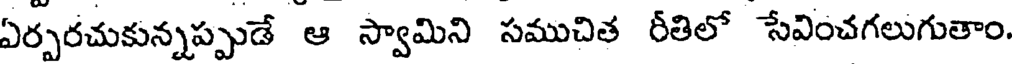
ఏర్పరచుకున్నప్పుడే ఆ స్వామిని సముచిత రీతిలో సేవించగలుగుతాం.